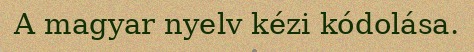
A magyar nyelv kézi kódolása.